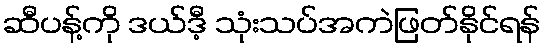
ဆီပန့်ကို ဒယ်ဒီ့ သုံးသပ်အကဲဖြတ်နိုင်ရန်